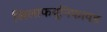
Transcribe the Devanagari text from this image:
खिलाफयूनिफायड